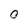
Character: O